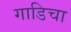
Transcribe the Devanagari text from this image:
गाडिचा